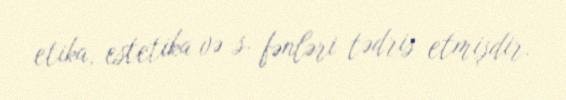
etika, estetika və s. fənləri tədris etmişdir.